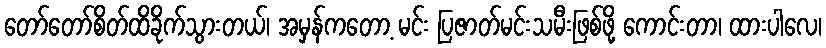
တော်တော်စိတ်ထိခိုက်သွားတယ်၊ အမှန်ကတော့ မင်း ပြဇာတ်မင်းသမီးဖြစ်ဖို့ ကောင်းတာ၊ ထားပါလေ၊